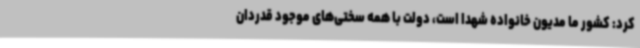
کرد: کشور ما مدیون خانواده شهدا است، دولت با همه سختی‌های موجود قدردان